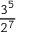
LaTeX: \frac { 3 ^ { 5 } } { 2 ^ { 7 } }